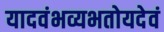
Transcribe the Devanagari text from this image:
यादवंभव्यभतोयदेवं